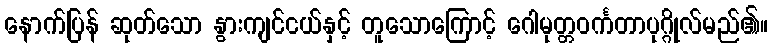
နောက်ပြန် ဆုတ်သော နွားကျင်ငယ်နှင့် တူသောကြောင့် ဂေါမုတ္တဝင်္ကတာပုဂ္ဂိုလ်မည်၏။